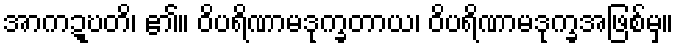
အာကဍ္ဎတိ၊ ၏။ ဝိပရိဏာမဒုက္ခတာယ၊ ဝိပရိဏာမဒုက္ခအဖြစ်မှ။